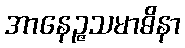
အာနေဉ္ဇသမာဓိနာ